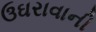
ઉઘરાવાની